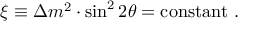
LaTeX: \xi \equiv \Delta m ^ { 2 } \cdot \sin ^ { 2 } 2 \theta = \mathrm { c o n s t a n t } ~ .